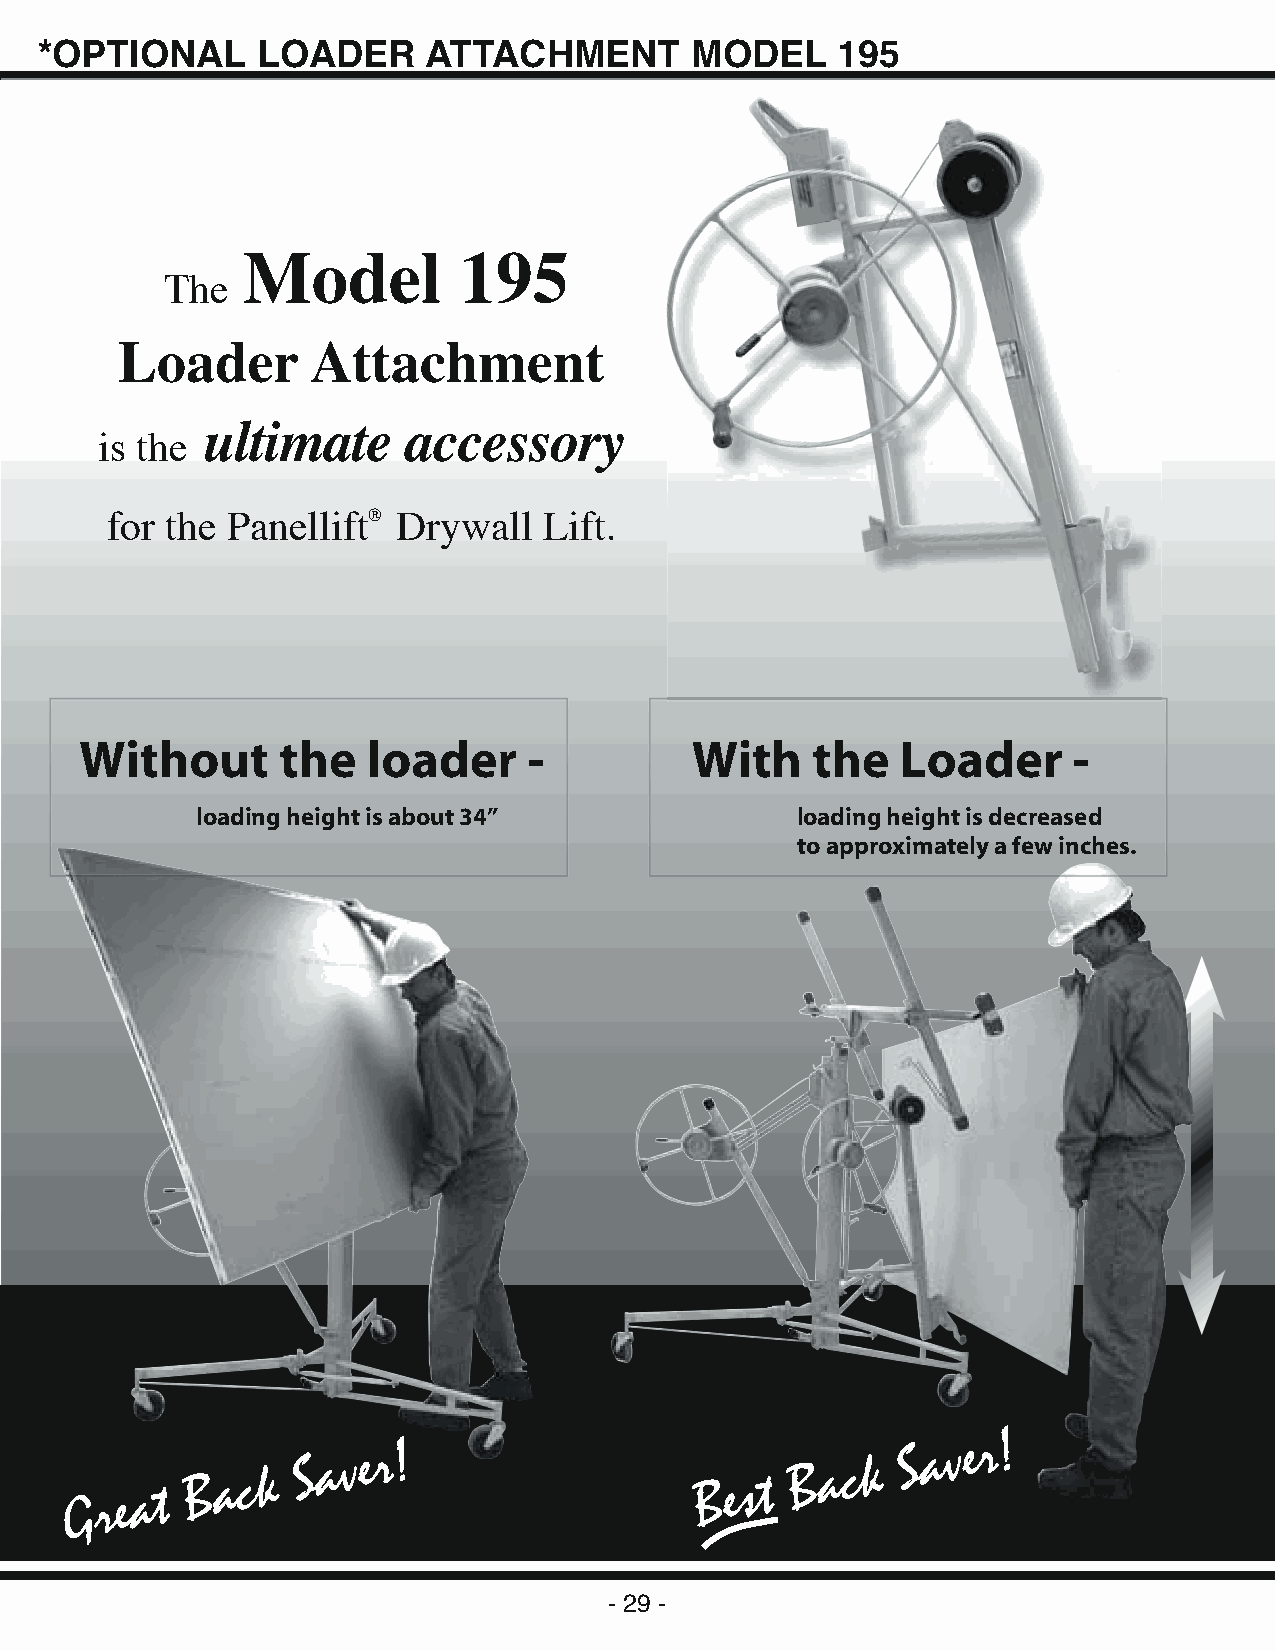
*OPTIONAL      LOADER     ATTACHMENT        MODEL    195
 Model         195
 The
 Loader       Attachment
 ultimate      accessory
 is the
 for the Panellift® Drywall   Lift.
 Without      the   loader     -          With    the   Loader     -
 loading height is about 34”             loading height is decreased
 to approximately a few inches.
 G r e a t B a c k S a v e r !            B e s t B a c k S a v e r !
 - 29 -